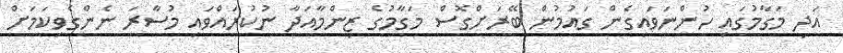
އަދި މަގާމުގައި ހުންނަވައިގެން ގައުމުން ބޭރަށްގޮސް މަގާމުގެ ޒިންމާއަދާ ނުކުރައްވައި މުސާރަ ނެންގެވިކަމަށް